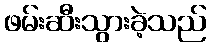
ဖမ်းဆီးသွားခဲ့သည်